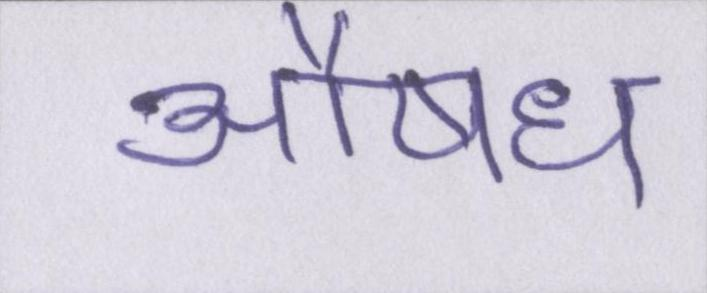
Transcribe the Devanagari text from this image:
औषध